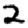
Digit: 2